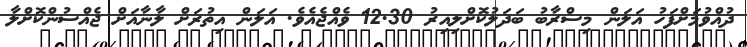
ދުއްވުމަށްފަހު އަލަން މިސްރާބު ބަދަލުކޮށްލިއިރު 12.30 ވެއްޖެއެވެ. އަލަން އިތުރަށް ލާނާއަށް ޖެއްސުންކޮށްލާ